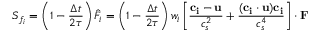
S _ { f _ { i } } = \left( 1 - \frac { \Delta t } { 2 \tau } \right) \hat { F _ { i } } = \left( 1 - \frac { \Delta t } { 2 \tau } \right) w _ { i } \left[ \frac { \mathbf { c _ { i } } - \mathbf { u } } { c _ { s } ^ { 2 } } + \frac { ( \mathbf { c _ { i } } \cdot \mathbf { u } ) \mathbf { c _ { i } } } { c _ { s } ^ { 4 } } \right] \cdot \mathbf { F }